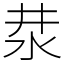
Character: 汬